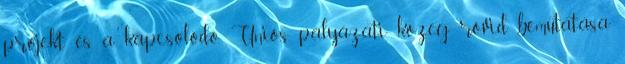
projekt és a kapcsolódó Uniós pályázati közeg rövid bemutatása